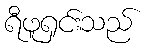
ရီဖူရှင်းသည်